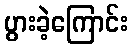
ပွားခဲ့ကြောင်း